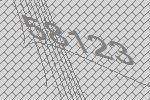
58123